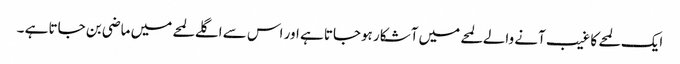
ایک لمحے کا غیب آنے والے لمحے میں آشکار ہوجاتا ہے اور اس سے اگلے لمحے میں ماضی بن جاتا ہے ۔